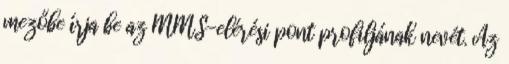
mezőbe írja be az MMS-elérési pont profiljának nevét. Az